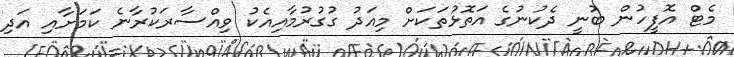
މެޓް އޮފީހުން ބުނީ ދެކުނުގެ އަތޮޅުތަކަށް މިއަދު ގުގުރުމާއިއެކު ވިއްސާރަކުރާނެ ކަމަށާއި އަދި